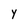
Character: Y